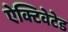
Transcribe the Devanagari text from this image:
ऐक्टिवेटेड